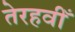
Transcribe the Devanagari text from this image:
तेरहवीँ